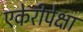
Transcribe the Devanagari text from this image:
एकेरीपेक्षा